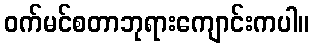
ဝက်မင်စတာဘုရားကျောင်းကပါ။